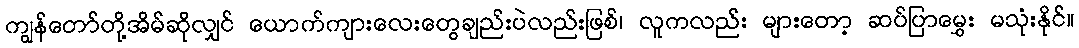
ကျွန်တော်တို့အိမ်ဆိုလျှင် ယောက်ကျားလေးတွေချည်းပဲလည်းဖြစ်၊ လူကလည်း များတော့ ဆပ်ပြာမွှေး မသုံးနိုင်။